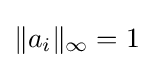
\|a_{i}\|_{\infty }=1